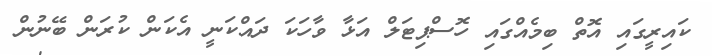
ކައިރީގައި އޮތް ބިމެއްގައި ހޮސްޕިޓަލް އަޅާ ވާހަކަ ދައްކަނީ އެކަން ކުރަން ބޭނުން